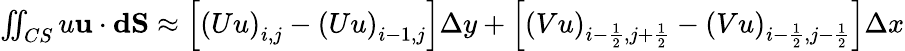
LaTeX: \begin{array}{r}{\iint_{CS}u\mathbf{u}\cdot\mathbf{dS}\approx\left[\left(Uu\right)_{i,j}-\left(Uu\right)_{i-1,j}\right]\Delta y+\left[\left(Vu\right)_{i-\frac{1}{2},j+\frac{1}{2}}-\left(Vu\right)_{i-\frac{1}{2},j-\frac{1}{2}}\right]\Delta x}\end{array}